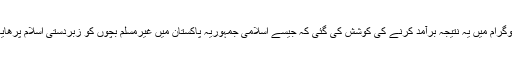
اس سے پروگرام میں یہ نتیجہ برآمد کرنے کی کوشش کی گئی کہ جیسے اسلامی جمہوریہ پاکستان میں غیرمسلم بچوں کو زبردستی اسلام پرھایا جارہا ہے۔